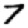
Digit: 7